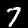
Digit: 7